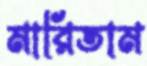
মারিতাম